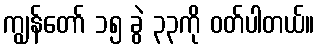
ကျွန်တော် ၁၅ ခွဲ ၃၃ကို ဝတ်ပါတယ်။